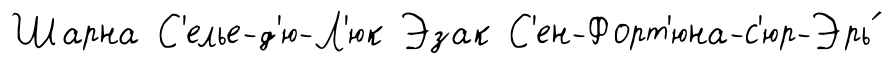
Шарна С'елье-д'ю-Л'юк Эзак С'ен-Форт'юна-с'юр-Эрь́